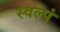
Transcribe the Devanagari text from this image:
स्वल्पं